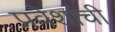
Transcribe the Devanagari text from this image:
प्रवेशांची